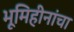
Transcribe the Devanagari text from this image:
भूमिहीनांचा